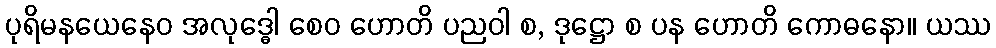
ပုရိမနယေနေဝ အလုဒ္ဓေါ စေဝ ဟောတိ ပညဝါ စ, ဒုဋ္ဌော စ ပန ဟောတိ ကောဓနော။ ယဿ